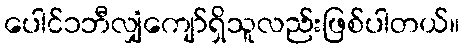
ပေါင်၁ဘီလျှံကျော်ရှိသူလည်းဖြစ်ပါတယ်။